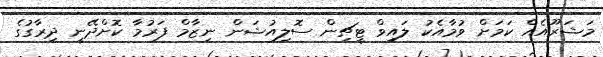
މަޝަރޫއެއް ކަމަށް ވުމާއެކު ލައިވް ޓީޗިން ސޮލިއުޝަން ނިޒާމް ފަރުމާ ކޮށްދޭނީ ދިރާގުގެ